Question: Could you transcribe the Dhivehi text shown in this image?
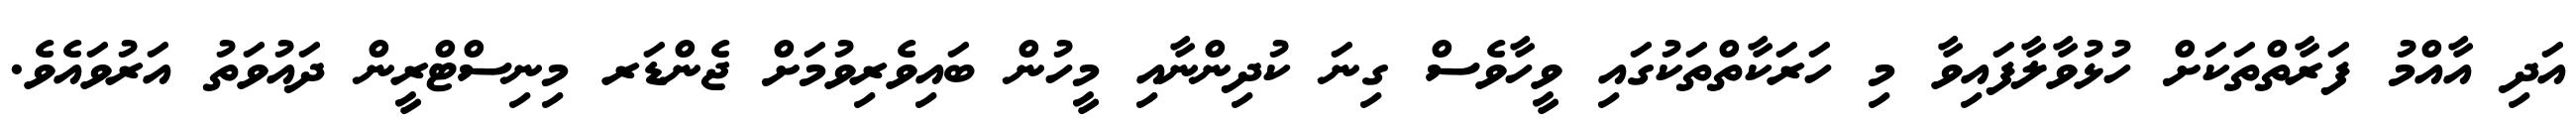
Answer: އަދި އާއްމު ފަރާތްތަކަށް ހުޅުވާލާފައިވާ މި ހަރަކާތްތަކުގައި ވީހާވެސް ގިނަ ކުދިންނާއި މީހުން ބައިވެރިވުމަށް ޖެންޑަރ މިނިސްޓްރީން ދައުވަތު އަރުވައެވެ.